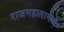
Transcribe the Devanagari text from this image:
राजमहालामध्ये